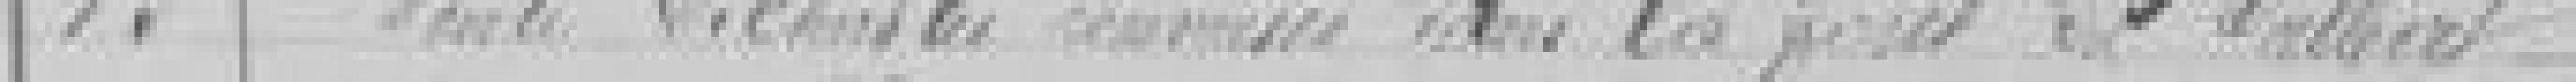
13. Vente de ??? ?? dans la forêt du SALBERT